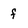
Character: f